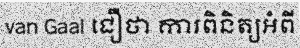
van Gaal ជឿថា ការពិនិត្យអំពី